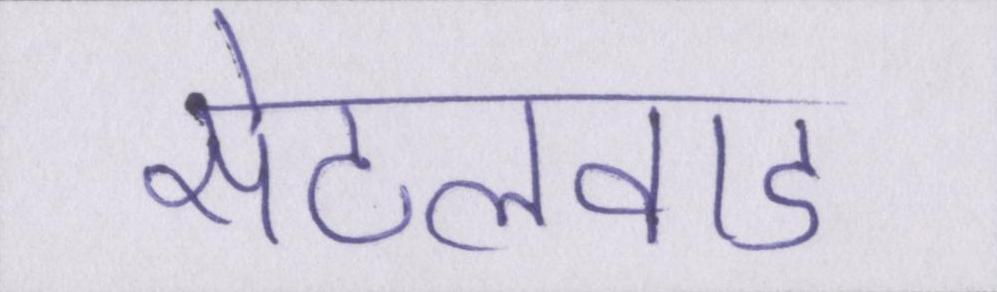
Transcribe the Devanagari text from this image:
सेटलवाड